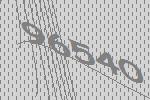
96540